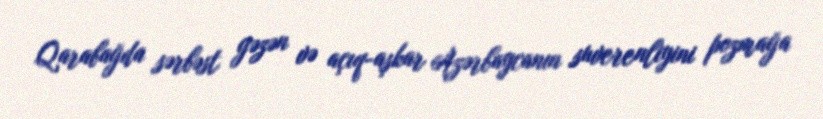
Qarabağda sərbəst gəzən və açıq-aşkar Azərbaycanın suverenliyini pozmağa